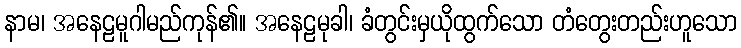
နာမ၊ အနေဠမူဂါမည်ကုန်၏။ အနေဠမုခါ၊ ခံတွင်းမှယိုထွက်သော တံတွေးတည်းဟူသော